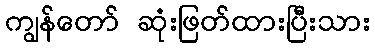
ကျွန်တော် ဆုံးဖြတ်ထားပြီးသား